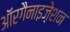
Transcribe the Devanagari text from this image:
ऑरगैनाइज़ेशन